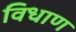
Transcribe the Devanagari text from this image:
विधाण